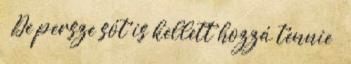
– De persze sót is kellett hozzá tennie –